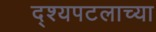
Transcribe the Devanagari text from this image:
द्श्यपटलाच्या